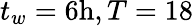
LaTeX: t_{w}=6\mathrm{h},T=18